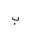
Letter: _ba